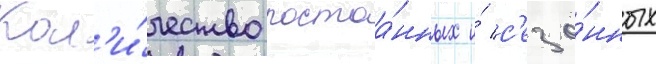
Кол'и́чество постоа́нных и́ с'езо́нных